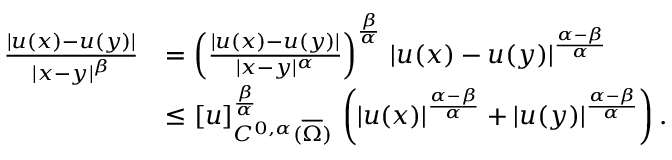
\begin{array} { r l } { \frac { | u ( x ) - u ( y ) | } { | x - y | ^ { \beta } } } & { = \left( \frac { | u ( x ) - u ( y ) | } { | x - y | ^ { \alpha } } \right) ^ { \frac { \beta } { \alpha } } \, | u ( x ) - u ( y ) | ^ { \frac { \alpha - \beta } { \alpha } } } \\ & { \le [ u ] _ { C ^ { 0 , \alpha } ( \overline { { \Omega } } ) } ^ { \frac { \beta } { \alpha } } \, \left( | u ( x ) | ^ { \frac { \alpha - \beta } { \alpha } } + | u ( y ) | ^ { \frac { \alpha - \beta } { \alpha } } \right) . } \end{array}